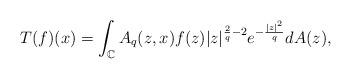
LaTeX: \begin{align*}\displaystyle T(f)(x)=\int_{\mathbb{C}}{A_q(z,x)}f(z)|z|^{\frac{2}{q}-2}e^{-\frac{|z|^2}{q}}dA(z),\end{align*}